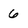
Character: 6